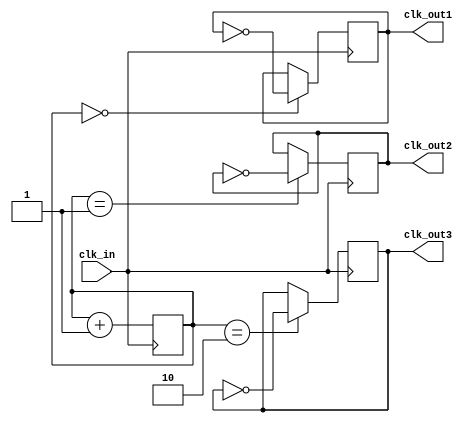
module clock_divider(
    input wire clk_in,
    output reg clk_out1,
    output reg clk_out2,
    output reg clk_out3
);

reg [1:0] count;

always @(posedge clk_in) begin
    count <= count + 1;
    case(count)
        2'b00: begin
            clk_out1 <= ~clk_out1;
        end
        2'b01: begin
            clk_out2 <= ~clk_out2;
        end
        2'b10: begin
            clk_out3 <= ~clk_out3;
        end
        default: begin
            // Do nothing
        end
    endcase
end

endmodule